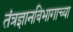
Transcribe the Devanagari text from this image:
तंत्रज्ञानविभागाच्या